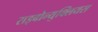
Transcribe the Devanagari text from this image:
राइबोन्युक्लियस